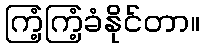
ကြံ့ကြံ့ခံနိုင်တာ။